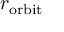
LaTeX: r _ { \mathrm { o r b i t } }